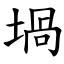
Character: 堝